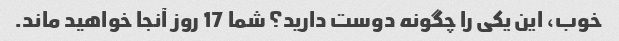
خوب، این یکی را چگونه دوست دارید؟ شما 17 روز آنجا خواهید ماند.